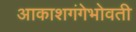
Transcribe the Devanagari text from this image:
आकाशगंगेभोवती